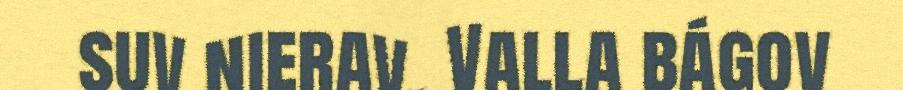
suv nierav. Valla bágov